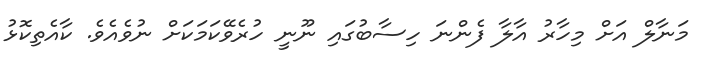
މަނާލް އަށް މިހާރު އާލާ ފެންނަ ހިސާބުގައި ނޫނީ ހުރެވޭކަމަކަށް ނުވެއެވެ. ކާއެތިކޮޅު